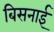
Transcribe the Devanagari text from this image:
बिसनाई